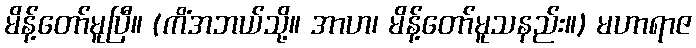
မိန့်တော်မူပြီ။ (ကိံအဘယ်သို့။ အာဟ၊ မိန့်တော်မူသနည်း။) မဟာရာဇ